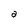
Character: a